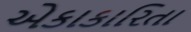
એકાકારિતા